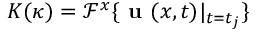
K ( \kappa ) = \mathcal { F } ^ { x } \{ \textbf { u } ( x , t ) | _ { t = t _ { j } } \}